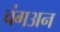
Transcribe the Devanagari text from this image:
चंगअन